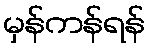
မှန်ကန်ရန်